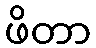
ဖိတာ